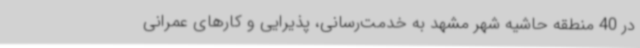
در 40 منطقه حاشیه شهر مشهد به خدمت‌رسانی، پذیرایی و کارهای عمرانی